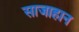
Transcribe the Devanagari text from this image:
साजाहान